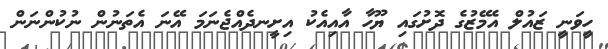
ހީވަނީ ޒައުލް އެމޭޒުގެ ދޮށުގައި ޔޫހާ އާއިއެކު އިށީނދެއްޖެނަމަ އޭނަ އެތަނުން ނުކުންނަން